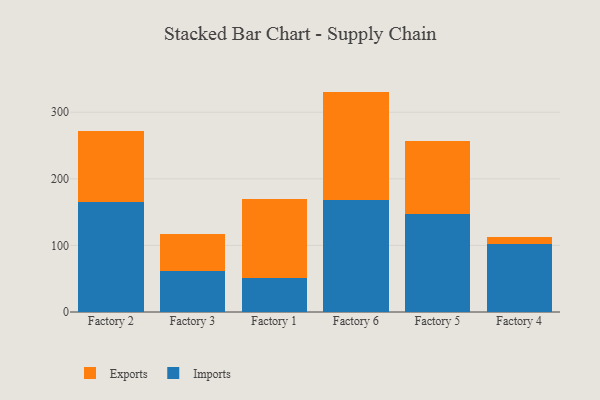
{"axis": {"x": "Factory", "y": "Satisfaction Score"}, "legend": ["Exports", "Imports"], "data": [{"x": "Factory 2", "y": 165.3, "type": "Imports"}, {"x": "Factory 2", "y": 105.8, "type": "Exports"}, {"x": "Factory 3", "y": 61.3, "type": "Imports"}, {"x": "Factory 3", "y": 55.7, "type": "Exports"}, {"x": "Factory 1", "y": 51.0, "type": "Imports"}, {"x": "Factory 1", "y": 118.4, "type": "Exports"}, {"x": "Factory 6", "y": 168.0, "type": "Imports"}, {"x": "Factory 6", "y": 163.0, "type": "Exports"}, {"x": "Factory 5", "y": 147.7, "type": "Imports"}, {"x": "Factory 5", "y": 109.7, "type": "Exports"}, {"x": "Factory 4", "y": 102.6, "type": "Imports"}, {"x": "Factory 4", "y": 9.3, "type": "Exports"}]}